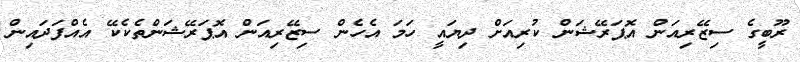
ރޫބީގެ ސިޒޭރިއަން އޮޕަރޭޝަން ކުރިއަށް ދިޔައީ ހަމަ އެހެން ސިޒޭރިއަން އޮޕަރޭޝަންތެކެކޭ އެއްފަދައިން